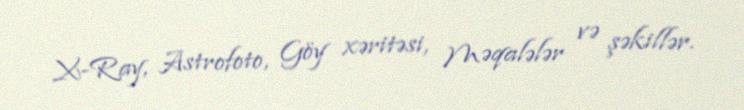
X-Ray, Astrofoto, Göy xəritəsi, Məqalələr və şəkillər.